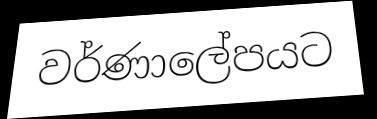
වර්ණාලේපයට